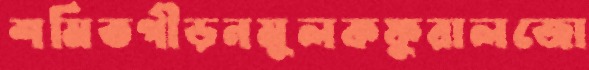
শমিতপীড়নমূলকফুরালজো